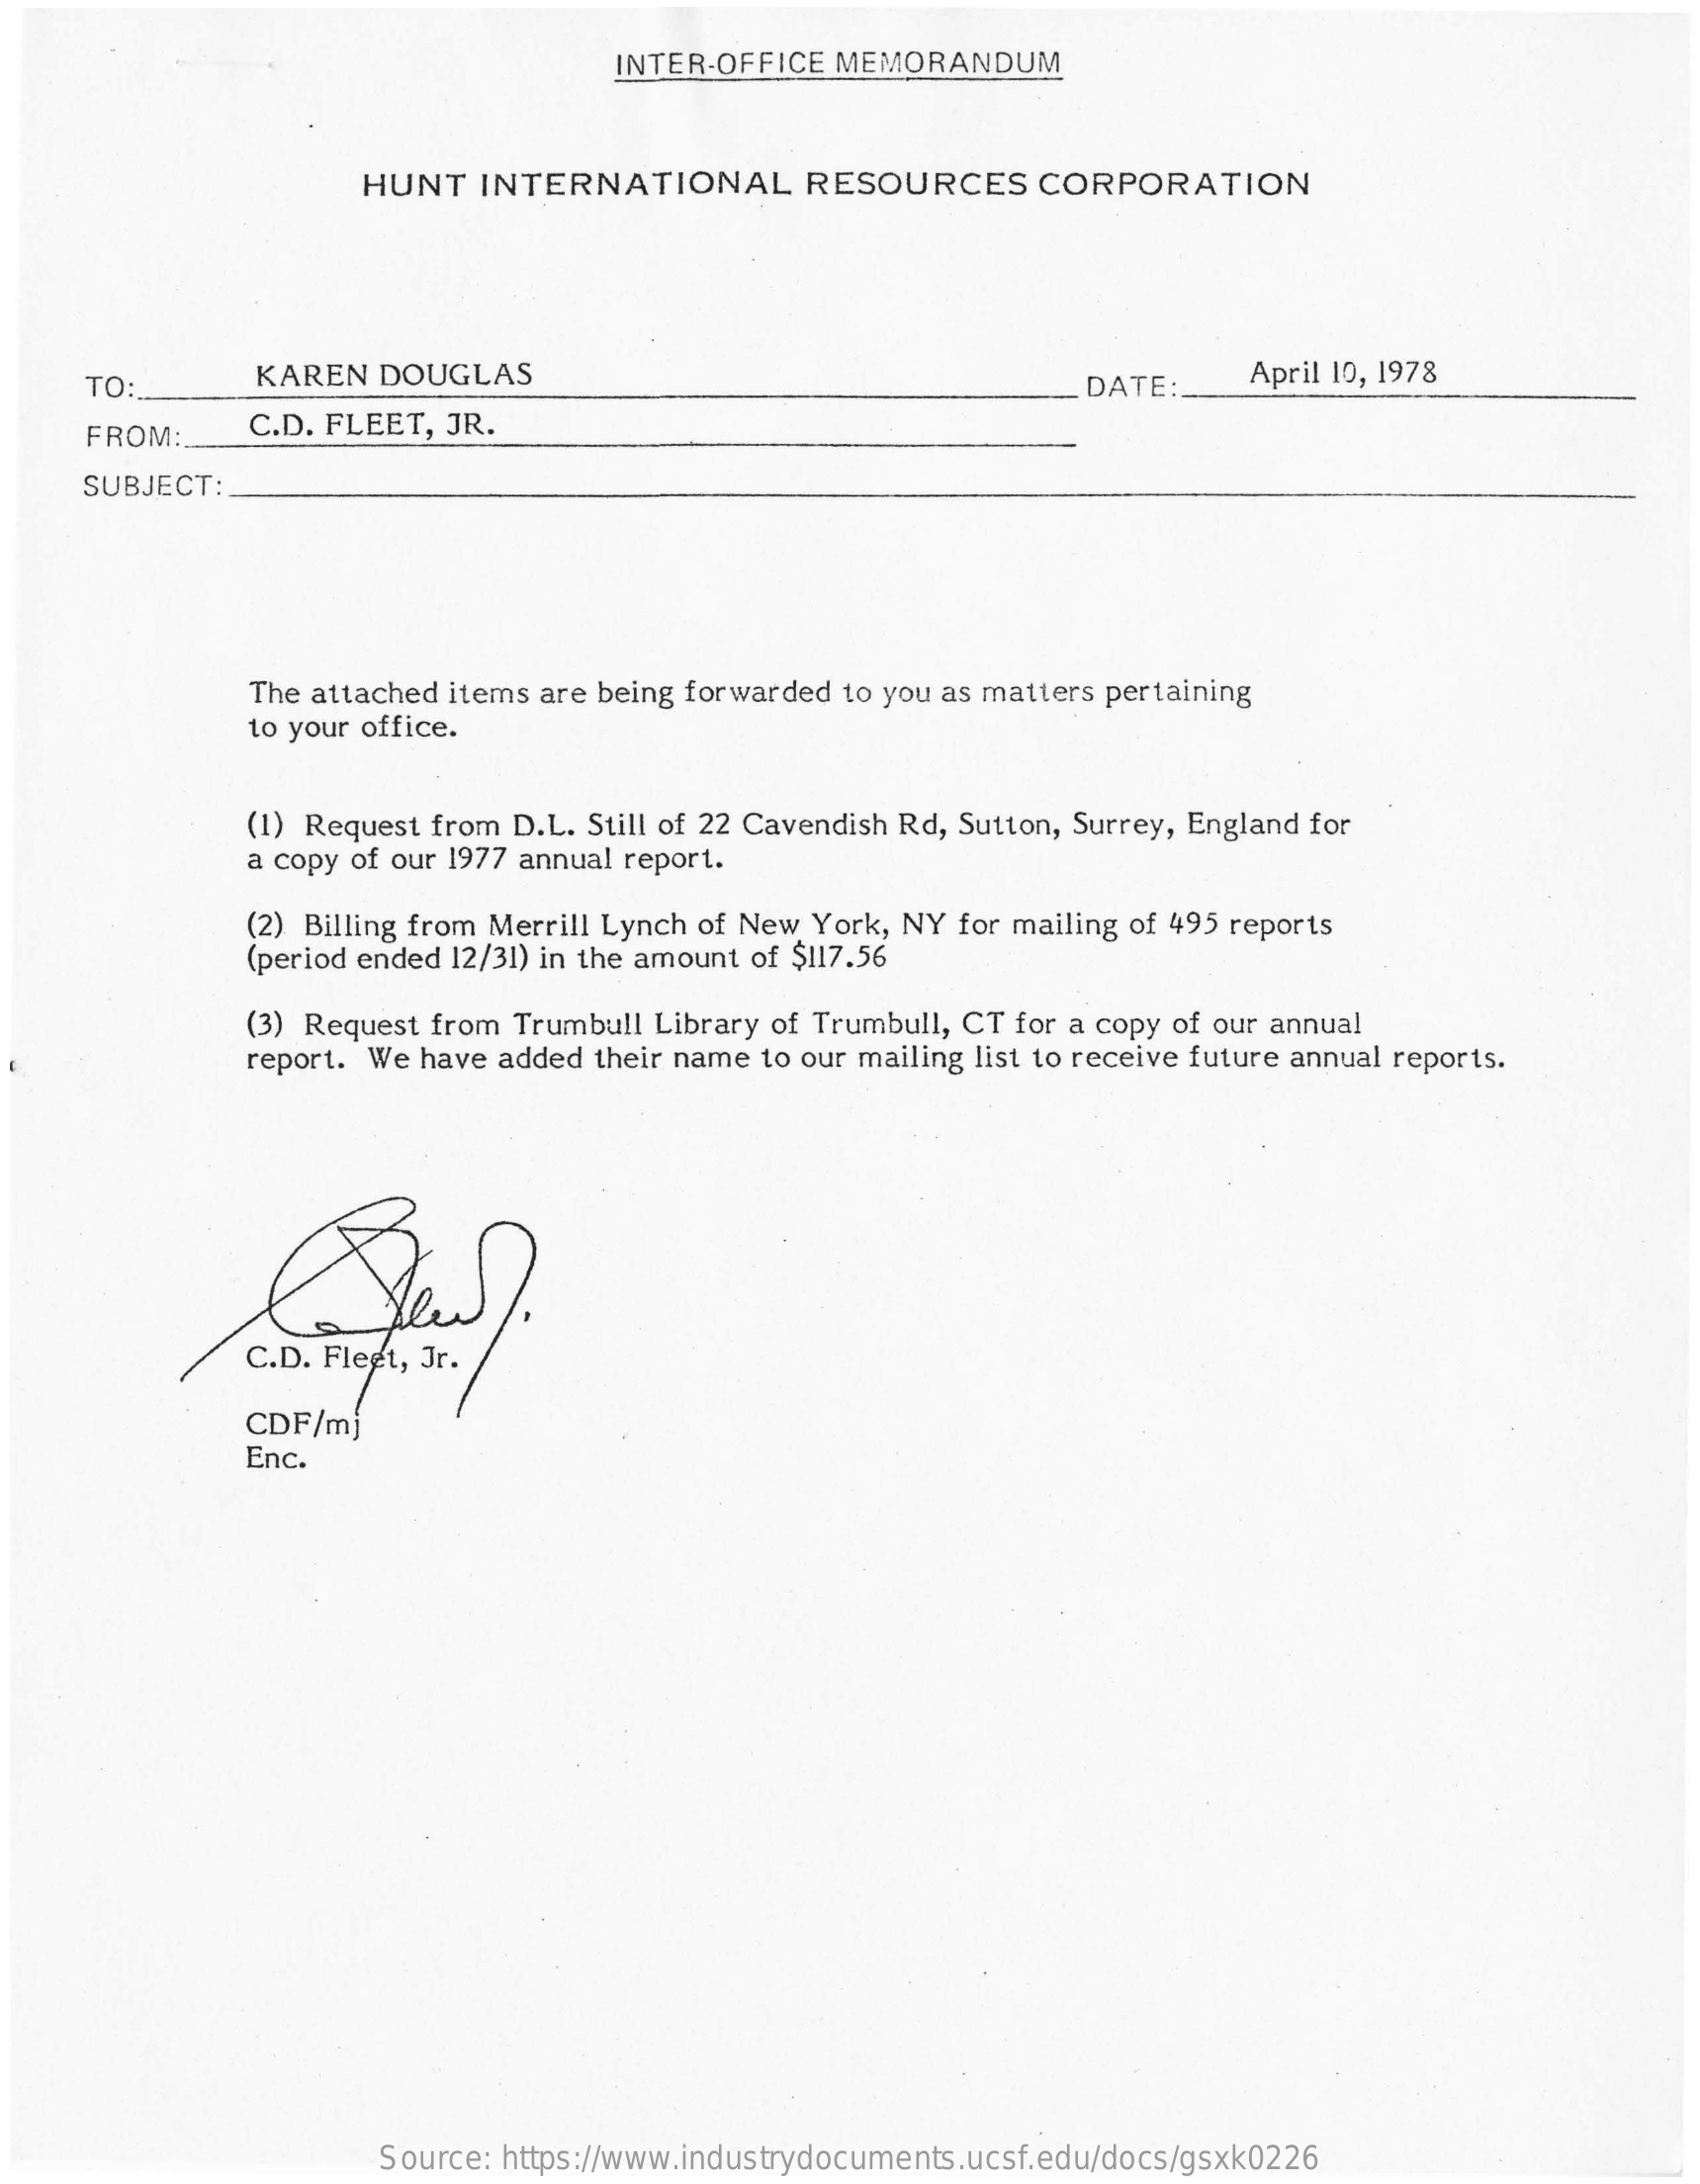
INTER-OFFICE MEMORANDUM
     HUNT  INTERNATIONAL    RESOURCES    CORPORATION
     TO :.    KAREN  DOUGLAS    DATE :_  April 10, 1978
     FROM:    C.D. FLEET, JR.
     SUBJECT:
     The attached items are being forwarded to you as matters pertaining
     to your office.
     (1) Request from D.L. Still of 22 Cavendish Rd, Sutton, Surrey, England for
     a copy of our 1977 annual report.
     (2) Billing from Merrill Lynch of New York, NY for mailing of 495 reports
     (period ended 12/31) in the amount of $117.56
     (3) Request from Trumbull Library of Trumbull, CT for a copy of our annual
     report. We have added their name to our mailing list to receive future annual reports.
     C.D. Fleet, Jr.
     CDF/mj
     Enc.
     Source: https://www.industrydocuments.ucsf.edu/docs/gsxk0226